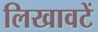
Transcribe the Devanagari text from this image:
लिखावटें